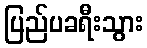
ပြည်ပခရီးသွား